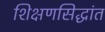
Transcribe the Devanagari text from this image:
शिक्षणसिद्धांत